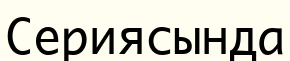
Сериясында